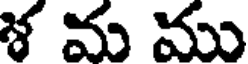
ళ మ ము